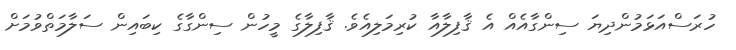
ހުރަސްއަޅަމުންދިޔަ ސިންގާއެއް އެ ޤާފިލާއާ ކުރިމަލިއެވެ. ޤާފިލާގެ މީހުން ސިންގާގެ ކިބައިން ސަލާމަތްވުމަށް